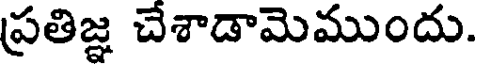
ప్రతిజ్ఞ చేశాడామెముందు.